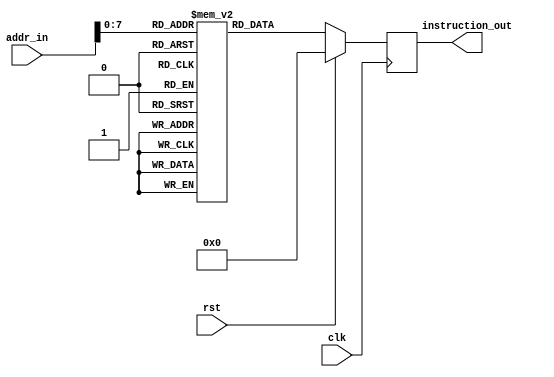
///////////////////////////////////////////////////////////////////////////////
// Company: 
// Engineer: 
// 
// Design Name: 
// Module Name: RegisterFile
// Project Name: 
// Target Devices: 
// Tool Versions: 
// Description: 
// 
// Dependencies: 
// 
// Revision:
// Revision 0.01 - File Created
// Additional Comments:
// 
//////////////////////////////////////////////////////////////////////////////////

`define INSTRUCTION_SIZE     32  // 32 bit instructions
`define INSTRUCTION_MEM_SIZE 256 // Store 256 instructions

module InstructionMemory(
    input clk,
    input rst,
    input [`INSTRUCTION_SIZE-1:0]addr_in,
    output reg [`INSTRUCTION_SIZE-1:0]instruction_out
    );
    
    integer i;
    
    // 32 bit words (4 byte)
    reg [`INSTRUCTION_SIZE-1 : 0]instruction_mem[`INSTRUCTION_MEM_SIZE-1 : 0];
    
    //
   
    always @(posedge clk) begin
        if (rst)
            instruction_out <= 32'b0;
        else
            instruction_out <= instruction_mem[addr_in];
    end

endmodule